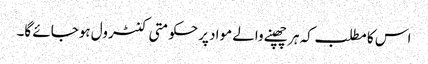
اس کا مطلب کہ ہر چھپنے والے مواد پرحکومتی کنٹرول ہوجائے گا۔